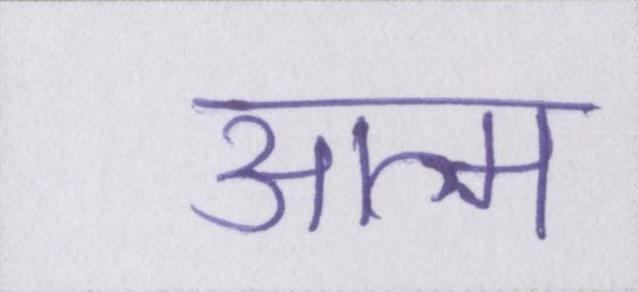
आत्म